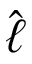
\hat { \ell }